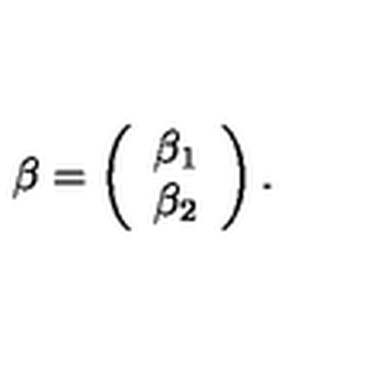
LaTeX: \beta = \left( \begin{array} { c } { \beta _ { 1 } } \\ { \beta _ { 2 } } \\ \end{array} \right) .